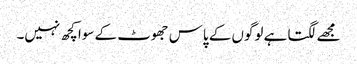
مجھے لگتا ہے لوگوں کے پاس جھوٹ کے سوا کچھ نہیں۔